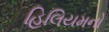
હિલિયમનો